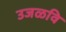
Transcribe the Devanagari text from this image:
उजळवि